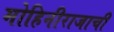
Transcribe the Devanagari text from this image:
मोहिनीराजाची